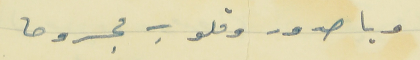
ويا صدور وقلوب مجروحا